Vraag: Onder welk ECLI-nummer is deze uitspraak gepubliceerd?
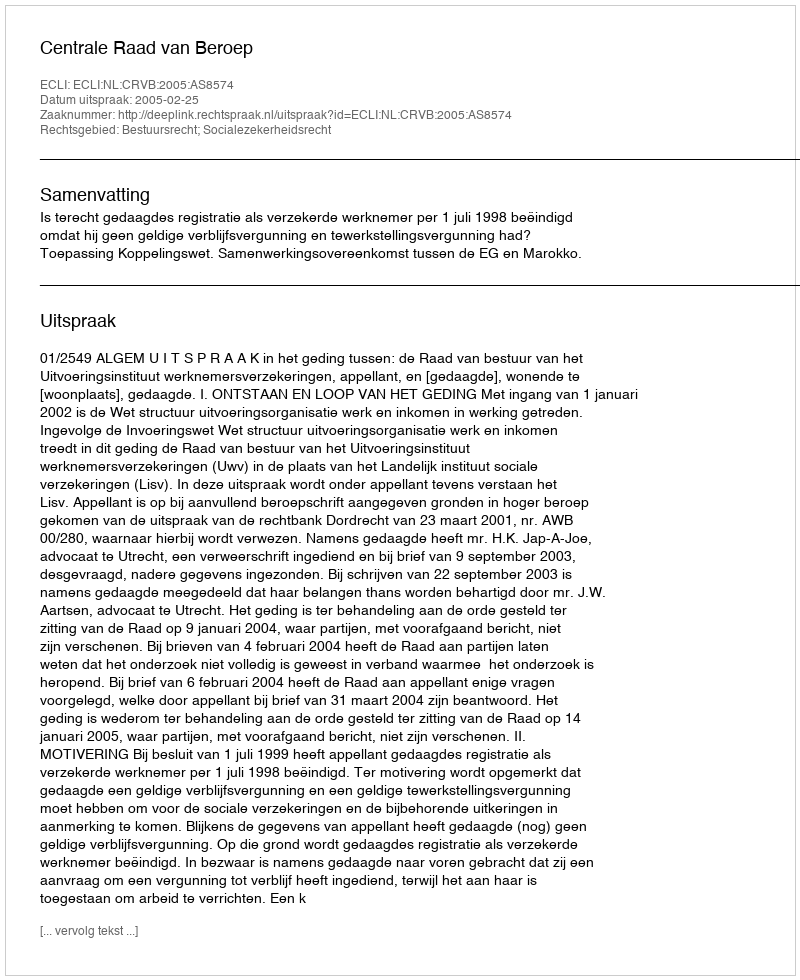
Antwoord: ECLI:NL:CRVB:2005:AS8574